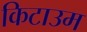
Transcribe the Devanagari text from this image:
किटाउम